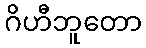
ဂိဟီဘူတော